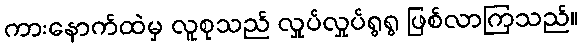
ကားနောက်ထဲမှ လူစုသည် လှုပ်လှုပ်ရွရွ ဖြစ်လာကြသည်။